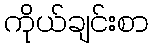
ကိုယ်ချင်းစာ